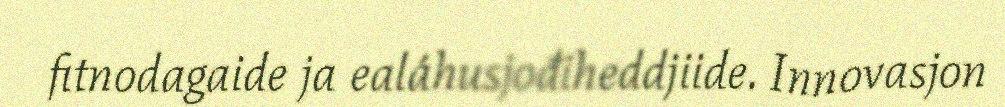
fitnodagaide ja ealáhusjođiheddjiide. Innovasjon